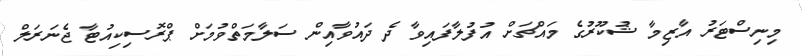
މިނިސްޓަރު އާޒިމާ ޝުކޫރުގެ މައްޗަށް އުފުލާފައިވާ ދެ ދައުވާއިން ސަލާމަތްވުމަށް ޕްރޮސިކިއުޓާ ޖެނަރަލް